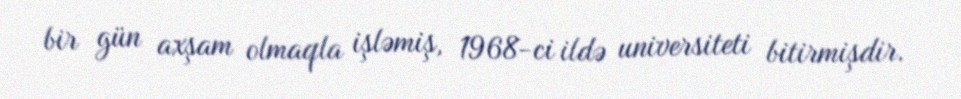
bir gün axşam olmaqla işləmiş, 1968-ci ildə universiteti bitirmişdir.